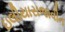
ઇલીયારાજાવીન